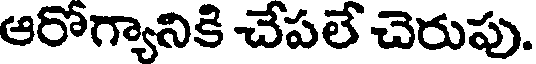
ఆరోగ్యానికి చేపలే చెరుపు.